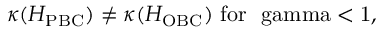
\begin{array} { r } { \kappa ( H _ { \mathrm { P B C } } ) \neq \kappa ( H _ { \mathrm { O B C } } ) \ \mathrm { f o r \ \ g a m m a < 1 } , } \end{array}